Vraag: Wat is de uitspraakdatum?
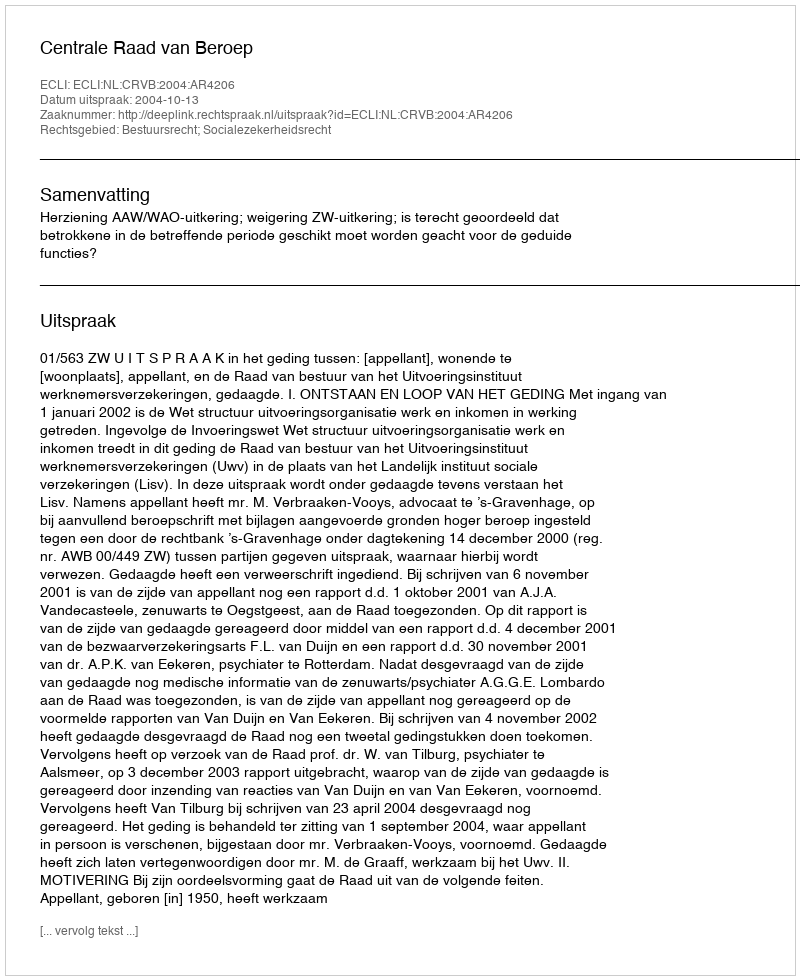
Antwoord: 2004-10-13